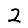
Digit: 2